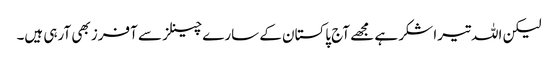
لیکن اللہ تیرا شکر ہے مجھے آج پاکستان کے سارے چینلز سے آفرز بھی آرہی ہیں۔